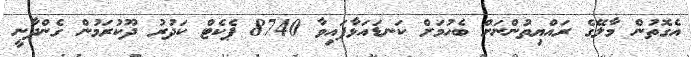
އެގޮތުން މާލޭގެ ރައްޔިތުންނަށް ބެހުމަށް ކަނޑައަޅާފައިވާ 8740 ޕެކެޓް ކަދުރު ދޫކުރަމުން ގެންދާނީ